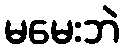
မမေးဘဲ